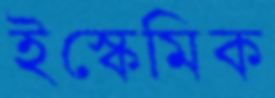
ইস্কেমিক